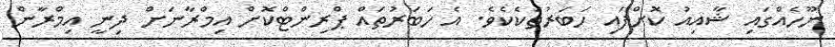
ނޫހެއްގައި ޝާއިއު ކޮށްފައި ހަބަރުތަކެކެވެ. އެ ހަބަރުތައް ޕްރިންޓްކޮށް އިމްރާނަށް ދިނީ އިމްރާން